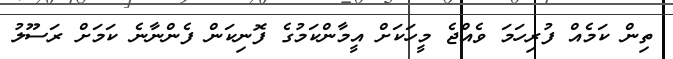
ތިން ކަމެއް ފުރިހަމަ ވެއްޖެ މީހަކަށް އީމާންކަމުގެ ފޮނިކަން ފެންނާނެ ކަމަށް ރަސޫލު